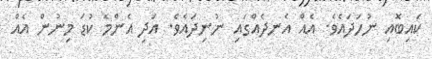
ކައިބޮއި ނުހަދައެވެ. އެއް އެނދެއްގައި ނުނިދައެވެ. އަދި އެންމެ ކުޑަ މިނުން އެއް